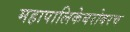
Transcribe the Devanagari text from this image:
महापालिकेबरोबरच